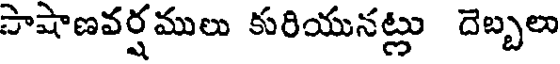
సాషాణవర్షములు కురియునట్లు దెబ్బలు